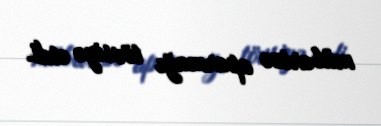
mübarizə aparmağı tövsiyə etdi.